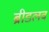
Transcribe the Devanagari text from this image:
ब्रीडलव